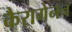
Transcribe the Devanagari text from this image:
कैरागेनन